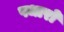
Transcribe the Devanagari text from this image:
पधारो